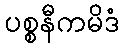
ပစ္စနီကမိဒံ